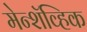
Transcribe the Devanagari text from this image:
मेन्शॅव्हिक